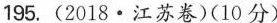
195.(2018·江苏卷)(10分)